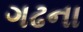
ગઢના